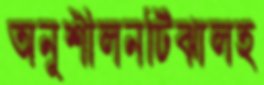
অনুশীলনটিঝালহ